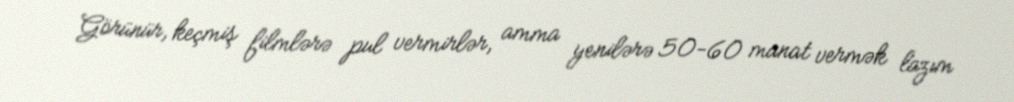
Görünür, keçmiş filmlərə pul vermirlər, amma yenilərə 50-60 manat vermək lazım